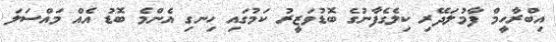
އިބްރާހީމް ފާމުލަދޭރި ކިލެގެފާނުގެ ބޮޑުވަޒީރު ކަމުގައި ހިނގި އެންމެ ބޮޑު އެއް މައްސަލަ